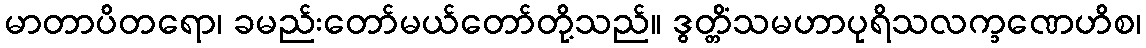
မာတာပိတရော၊ ခမည်းတော်မယ်တော်တို့သည်။ ဒွတ္တိံသမဟာပုရိသလက္ခဏေဟိစ၊